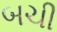
બચી